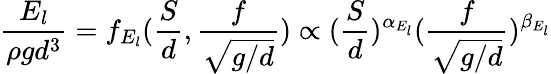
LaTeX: \frac{E_{l}}{\rho gd^{3}}=f_{E_{l}}(\frac{S}{d},\frac{f}{\sqrt{g/d}})\propto(\frac{S}{d})^{\alpha_{E_{l}}}(\frac{f}{\sqrt{g/d}})^{\beta_{E_{l}}}